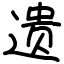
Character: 遗